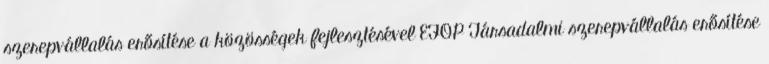
szerepvállalás erősítése a közösségek fejlesztésével EFOP Társadalmi szerepvállalás erősítése